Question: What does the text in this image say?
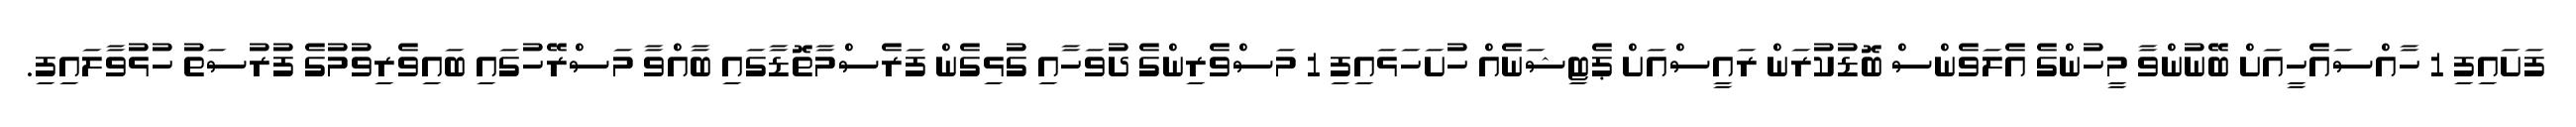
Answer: ފަށައިފި 1 ހާއްސައެހީއަށް ބޭނުންވާ މީހުންގެ އެލަވެންސް ބޮޑުކުރަން ރައީސްއަށް ޕެޓިޝަނެއް ހުށަހަޅައިފި 1 މަސްވެރިންގެ ދުވަހާއި ގުޅިގެން ފަރެސްމާތޮޑާގައި ބާއްވާ މަސްރޭހުގައި ބައިވެރިވުމުގެ ފުރުސަތު ހުޅުވާލައިފި.